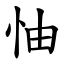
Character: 怞